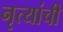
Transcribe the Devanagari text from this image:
नृत्यांची